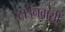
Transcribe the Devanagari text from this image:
टाउनवासी